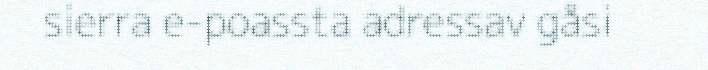
sierra e-poassta adressav gåsi